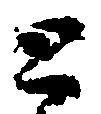
と